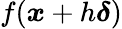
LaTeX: f({\boldsymbol{x}}+h{\boldsymbol{\delta}})